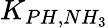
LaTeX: K_{PH,NH_{3}}